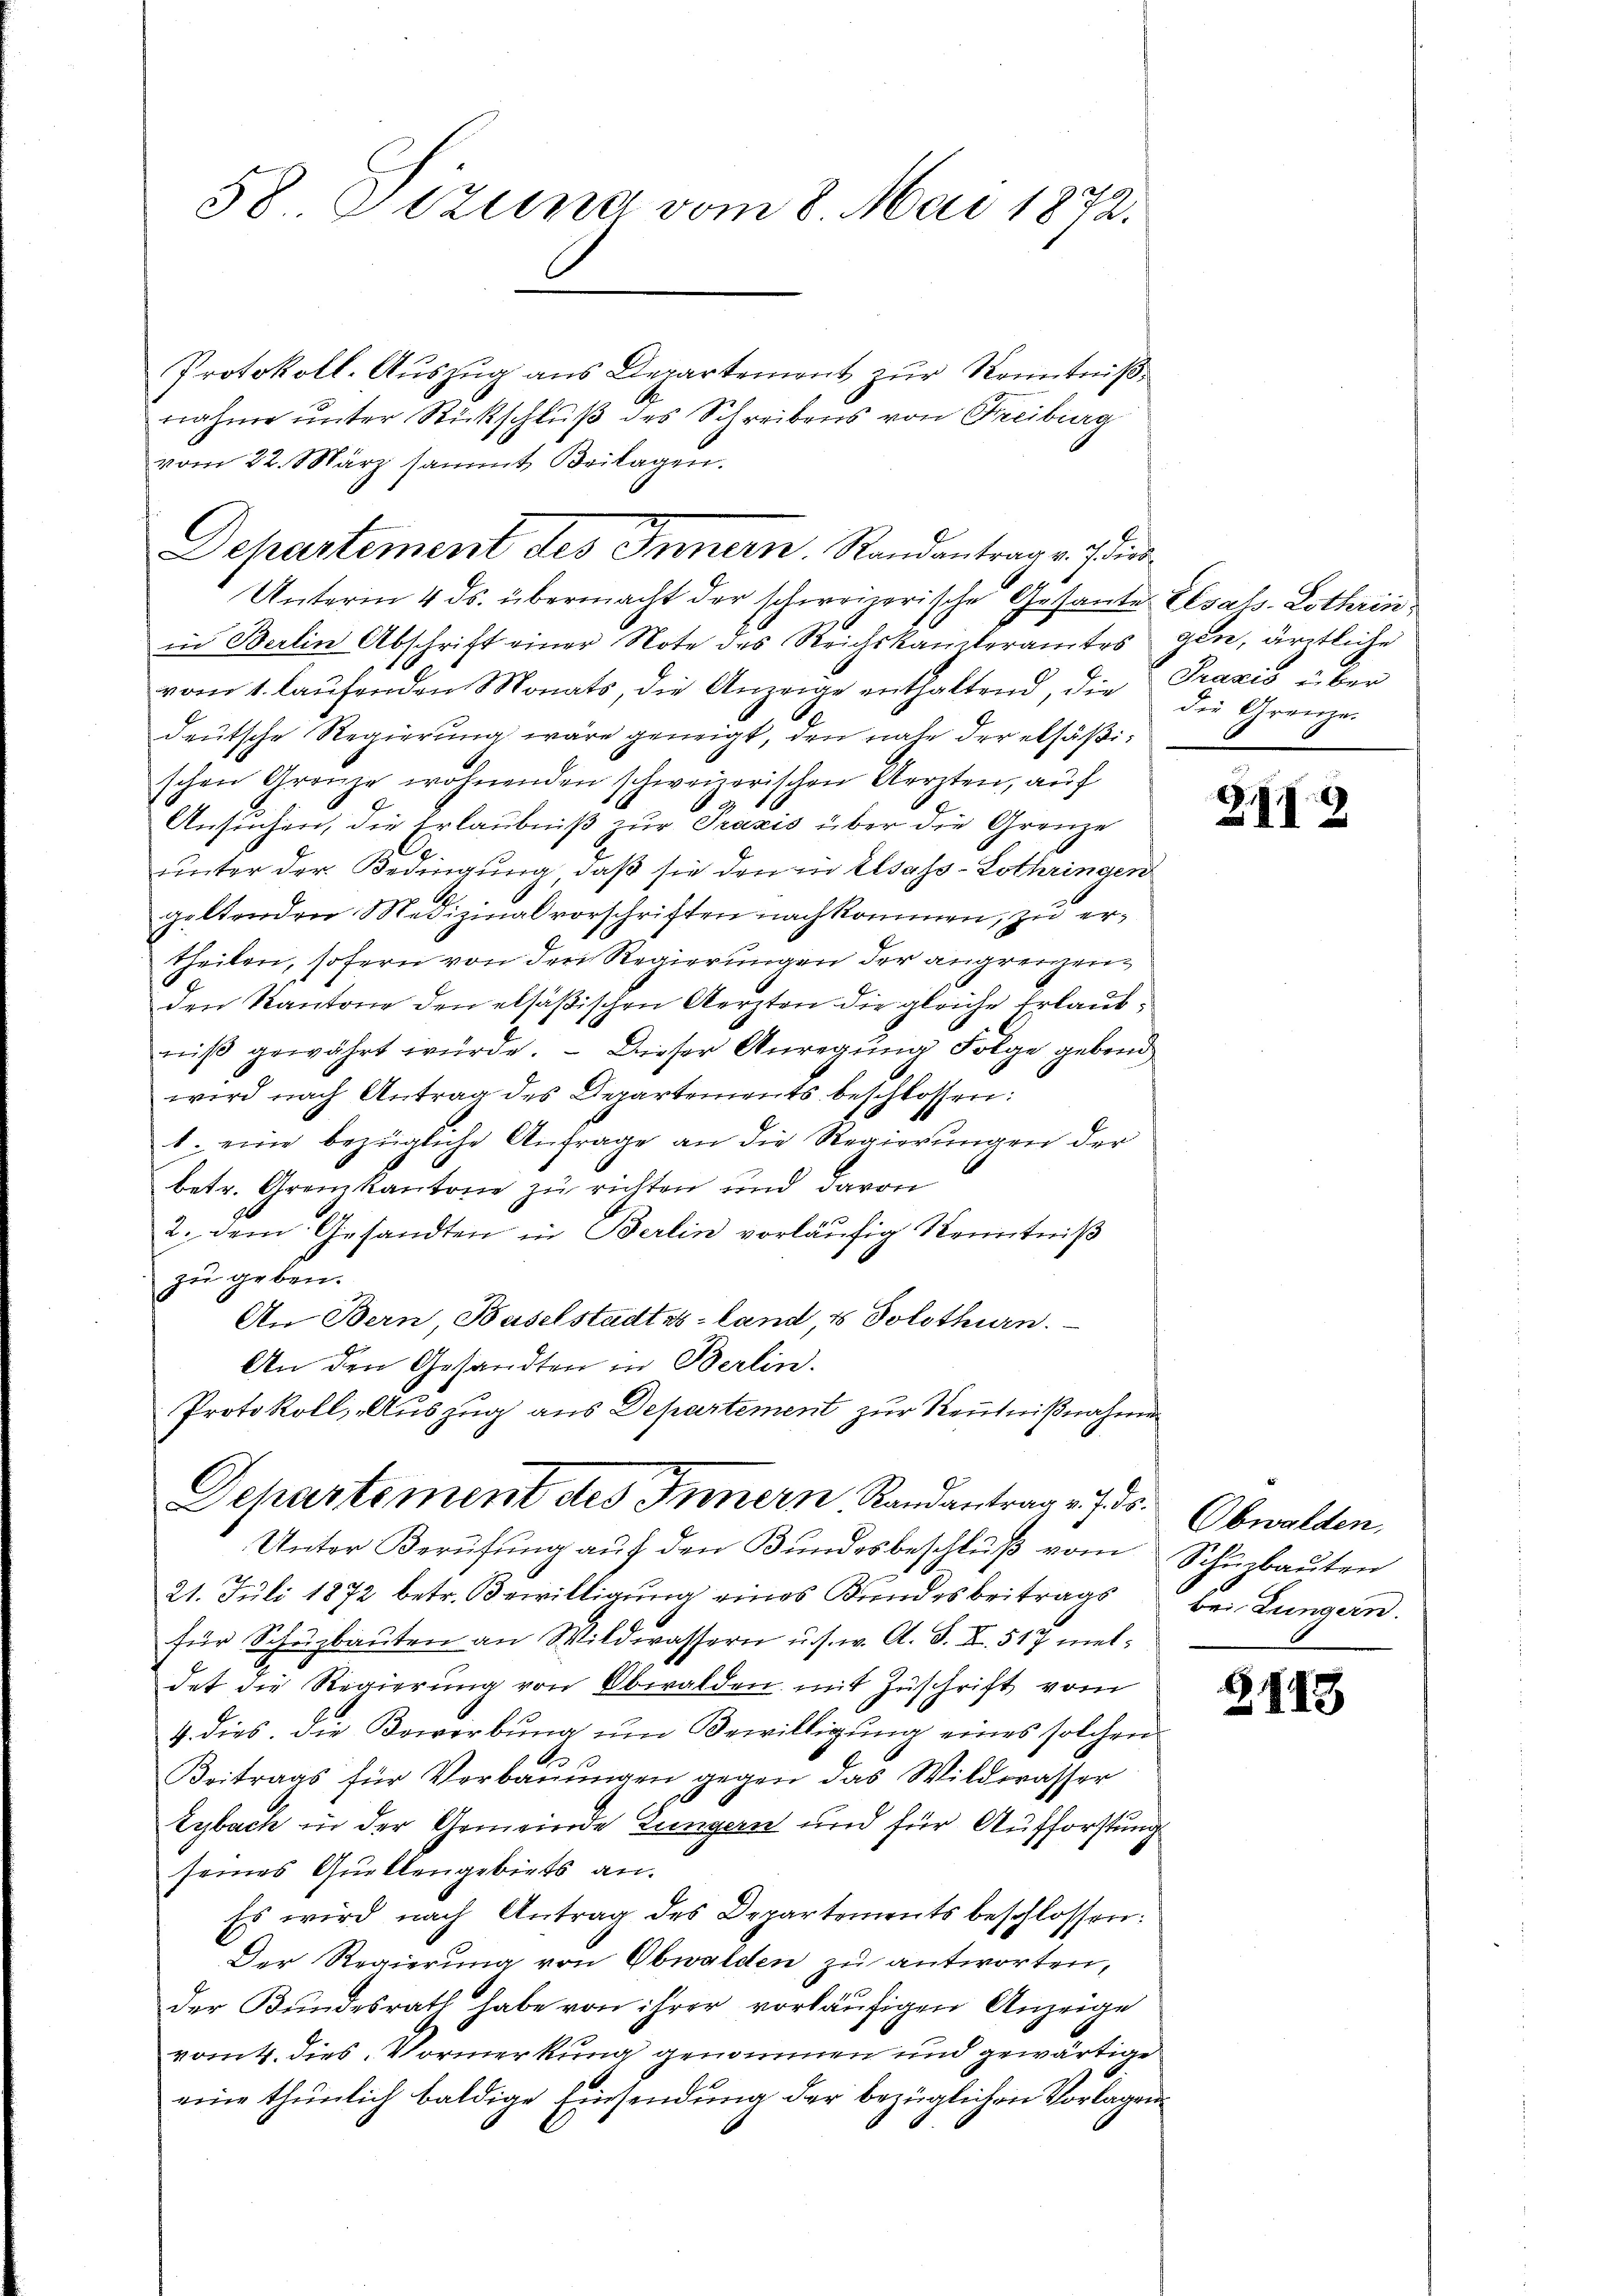
58. Sizung vom 8. Mai 1872.
Protokoll-Aŭszŭg ans Departement zŭr Kenntnißnahme unter Rückschluß des Schreibens von Freiburg
vom 22. März sammt Beilagen.

Departement des Innern. Randantrage die¬
Unterm 4. ds. übermacht der schweizerische Gesante. Elsals-Lothrin

in Berlin Abschrift einer Note des Reichskanzleramtes
vom 1. laŭfenden Monats die Anzeige enthaltend, die Praxis u. ben
deutsche Regierung wäre geneigt, den nahe der elsäßischen Grenze wohnenden schweizerischen Aerzten, auf
Ansuchen, die Erlaubniß zur Praxis über die Grenze
ŭnter der Bedingung, daß sie den in Elsass-Lothringen
galtenden Medizinalvorschriften nachkommen, zu ertheilen, sofern von der Regierungen der angrenzen
den Kantone den elsäßischen Aerzten die gleiche Erlaubniß gewährt würde. – Dieser Anregung Folge gebend
wird nach Antrag des Departements beschlossen:
1. eine bezügliche Anfrage an die Regierŭngen der
betr. Gromkantone zu richten und davon
2. dem Gesandten in Berlin vorläufig Kenntniß
zu geben.
An Bern Baselstadtes land, & Solothurn.
An den Gesandten in Berlin.
Protokoll, „Auszug aus Departement zur Kenntnißnahme
Departement des Innern Randantrag v. Js. Obwalden,
Unter Berufung auf den Bundesbeschluß vom Schuzbauten
21. Juli 1872 betr. Bewilligung eines Bundesbeitrags
für Schŭzbaŭten an Wildwassern u. s. w. A. S. XI. 517 meldet die Regierung von Obwalden mit Zuschrift vom
4. dies. Die Bewerbung um Bewilligung eines solchen
.
10
Beitrags für Verbauungen gegen das Wildwasser
Eybach in der Gemeinde Lungern und für Aufforstung
seines Quellengebiets an.
Es wird nach Antrag des Departements beschlossen:
Der Regierung von Obwalden zu antworten,
der Bundesrath habe von ihrer vorläufigen Anzeige
vom 4. dies Vormerkung genommen und gewärtige
eine thunlich baldige Einsendung der bezüglichen Vorlagen

gen, ärztliche
die Grenze.

ZI 2

bei Lungern.

2143